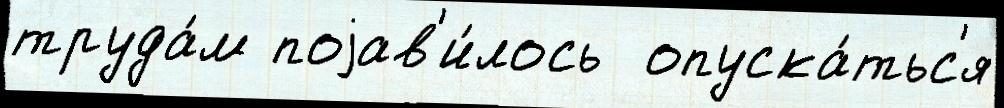
труда́м поjав'и́лось  опуска́тьс'я